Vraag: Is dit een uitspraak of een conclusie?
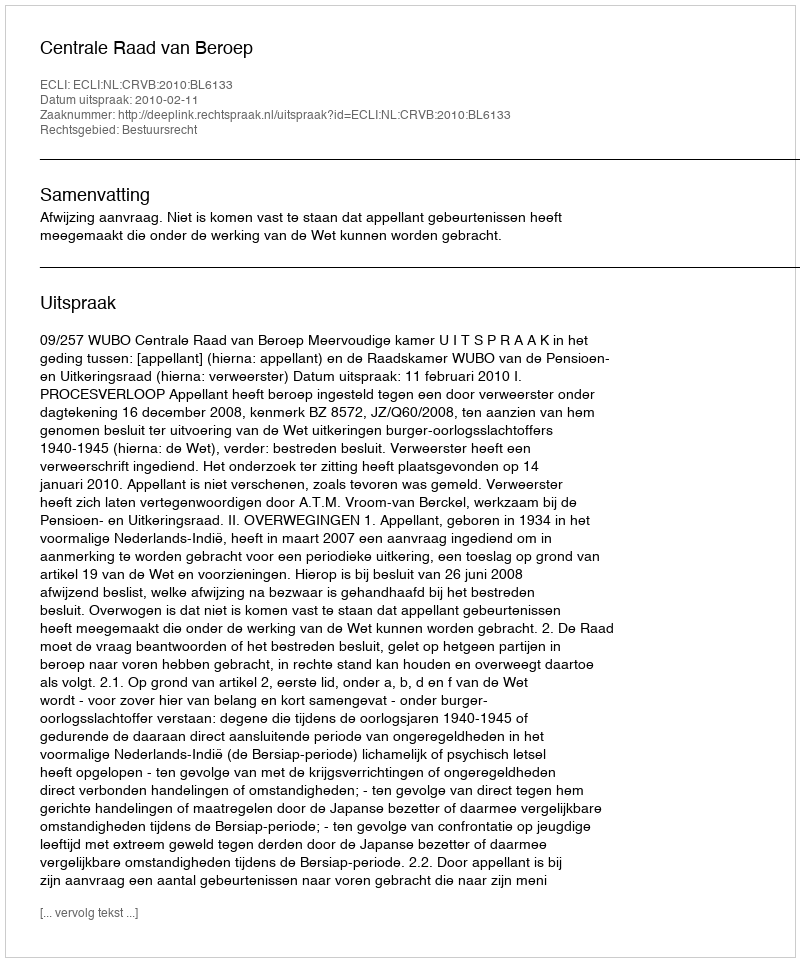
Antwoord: Uitspraak